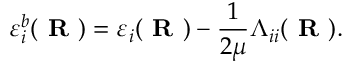
\varepsilon _ { i } ^ { b } ( \textbf { R } ) = \varepsilon _ { i } ( \textbf { R } ) - \frac { 1 } { 2 \mu } \Lambda _ { i i } ( \textbf { R } ) .